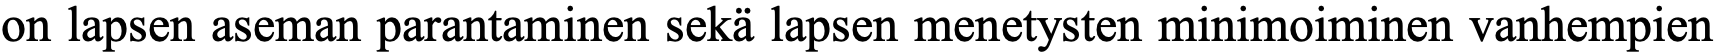
on lapsen aseman parantaminen sekä lapsen menetysten minimoiminen vanhempien